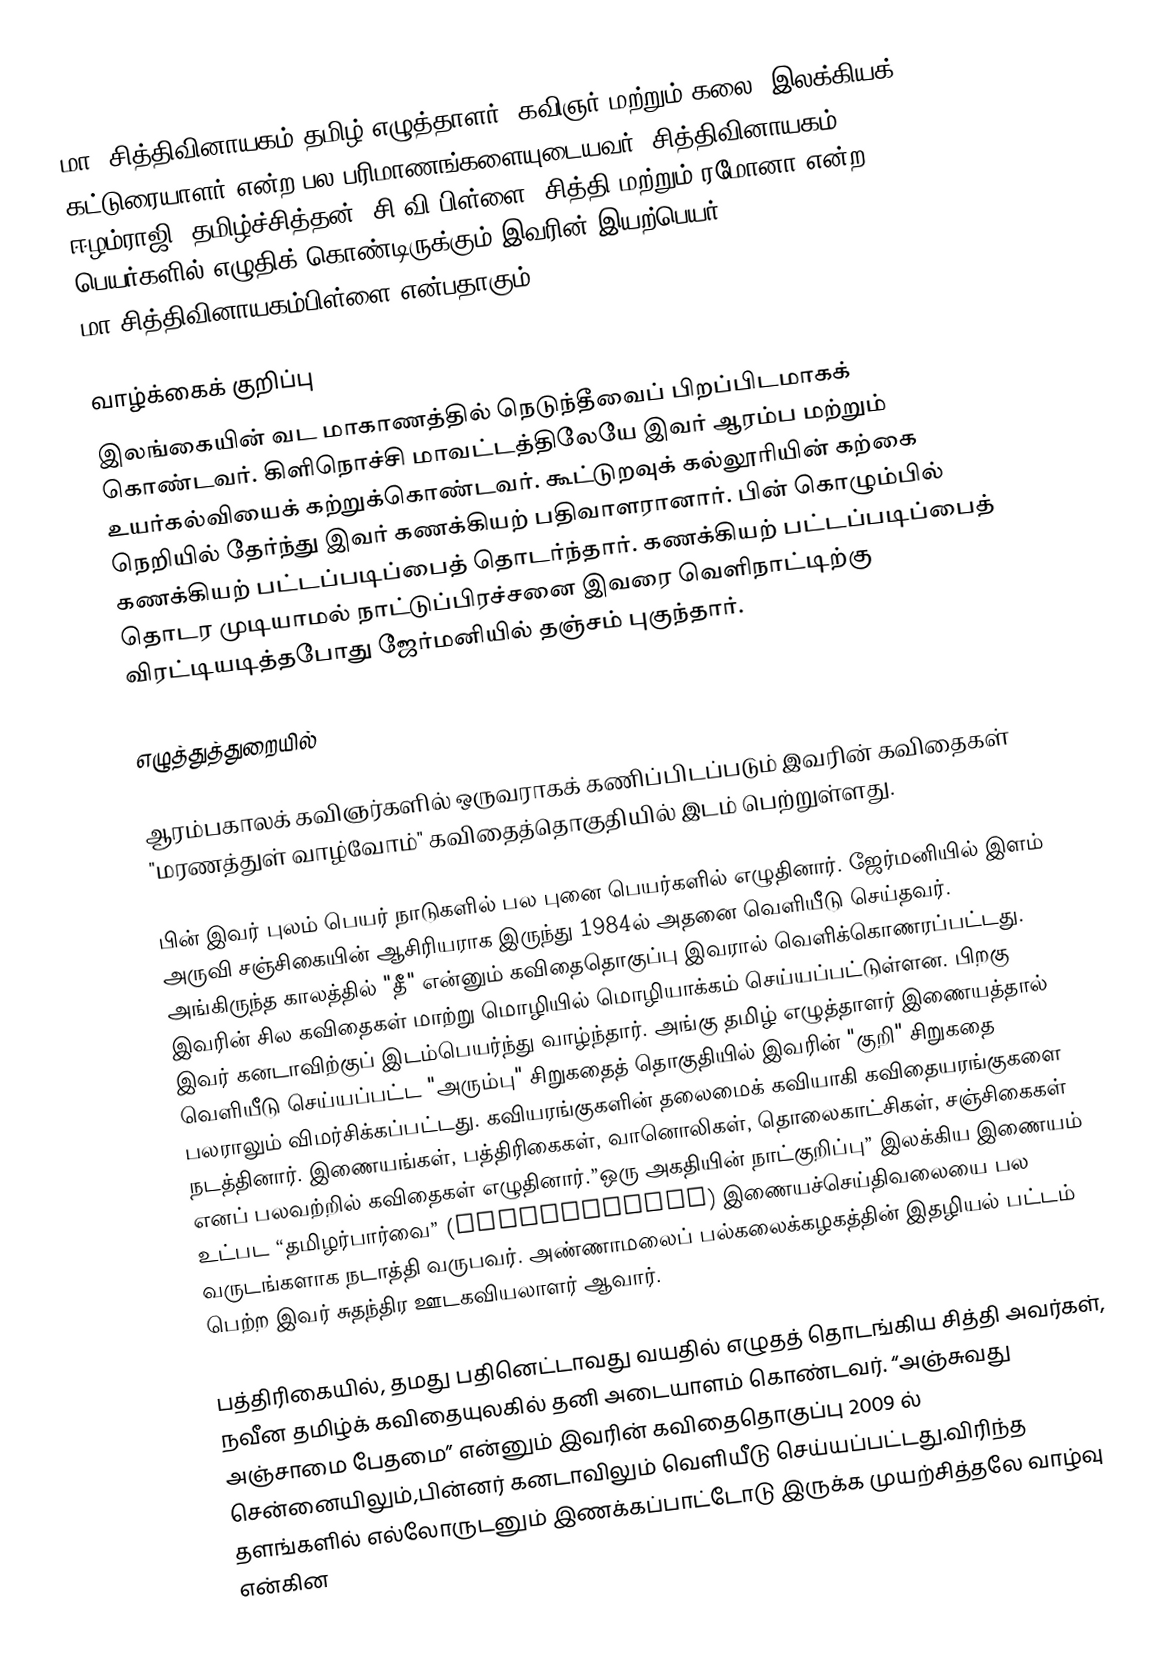
மா. சித்திவினாயகம் தமிழ் எழுத்தாளர், கவிஞர் மற்றும் கலை, இலக்கியக் கட்டுரையாளர் என்ற பல பரிமாணங்களையுடையவர். சித்திவினாயகம், ஈழம்ராஜி, தமிழ்ச்சித்தன், சி.வி.பிள்ளை, சித்தி மற்றும் ரமோனா என்ற பெயர்களில் எழுதிக் கொண்டிருக்கும் இவரின் இயற்பெயர் மா.சித்திவினாயகம்பிள்ளை என்பதாகும்.

வாழ்க்கைக் குறிப்பு
இலங்கையின் வட மாகாணத்தில் நெடுந்தீவைப் பிறப்பிடமாகக் கொண்டவர். கிளிநொச்சி மாவட்டத்திலேயே இவர் ஆரம்ப மற்றும் உயர்கல்வியைக் கற்றுக்கொண்டவர். கூட்டுறவுக் கல்லூரியின் கற்கை நெறியில் தேர்ந்து இவர் கணக்கியற் பதிவாளரானார். பின் கொழும்பில் கணக்கியற் பட்டப்படிப்பைத் தொடர்ந்தார். கணக்கியற் பட்டப்படிப்பைத் தொடர முடியாமல் நாட்டுப்பிரச்சனை இவரை வெளிநாட்டிற்கு விரட்டியடித்தபோது ஜேர்மனியில் தஞ்சம் புகுந்தார்.

எழுத்துத்துறையில்

ஆரம்பகாலக் கவிஞர்களில் ஒருவராகக் கணிப்பிடப்படும் இவரின் கவிதைகள் "மரணத்துள் வாழ்வோம்" கவிதைத்தொகுதியில் இடம் பெற்றுள்ளது.

பின் இவர் புலம் பெயர் நாடுகளில்  பல புனை பெயர்களில் எழுதினார். ஜேர்மனியில் இளம் அருவி சஞ்சிகையின் ஆசிரியராக இருந்து 1984ல் அதனை வெளியீடு செய்தவர். அங்கிருந்த காலத்தில் "தீ" என்னும் கவிதைதொகுப்பு இவரால் வெளிக்கொணரப்பட்டது. இவரின் சில கவிதைகள் மாற்று மொழியில் மொழியாக்கம் செய்யப்பட்டுள்ளன. பிறகு இவர் கனடாவிற்குப் இடம்பெயர்ந்து வாழ்ந்தார். அங்கு தமிழ் எழுத்தாளர் இணையத்தால் வெளியீடு செய்யப்பட்ட "அரும்பு" சிறுகதைத் தொகுதியில் இவரின் "குறி" சிறுகதை பலராலும் விமர்சிக்கப்பட்டது. கவியரங்குகளின் தலைமைக் கவியாகி கவிதையரங்குகளை நடத்தினார். இணையங்கள், பத்திரிகைகள், வானொலிகள், தொலைகாட்சிகள், சஞ்சிகைகள் எனப் பலவற்றில் கவிதைகள் எழுதினார்.”ஒரு அகதியின் நாட்குறிப்பு” இலக்கிய இணையம் உட்பட “தமிழர்பார்வை” (Tamilsreview) இணையச்செய்திவலையை பல வருடங்களாக நடாத்தி வருபவர். அண்ணாமலைப் பல்கலைக்கழகத்தின் இதழியல் பட்டம் பெற்ற இவர் சுதந்திர ஊடகவியலாளர் ஆவார்.

பத்திரிகையில், தமது பதினெட்டாவது வயதில் எழுதத் தொடங்கிய சித்தி அவர்கள், நவீன தமிழ்க் கவிதையுலகில் தனி அடையாளம் கொண்டவர். “அஞ்சுவது அஞ்சாமை பேதமை” என்னும் இவரின் கவிதைதொகுப்பு 2009 ல் சென்னையிலும்,பின்னர் கனடாவிலும்  வெளியீடு செய்யப்பட்டது.விரிந்த தளங்களில் எல்லோருடனும் இணக்கப்பாட்டோடு இருக்க முயற்சித்தலே வாழ்வு என்கின